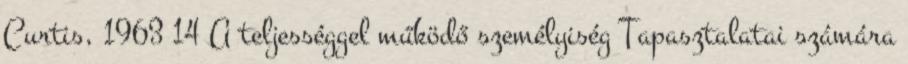
Curtis, 1963 14 A teljességgel működő személyiség Tapasztalatai számára